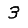
Digit: 3